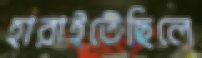
হারাইতেছিলে